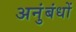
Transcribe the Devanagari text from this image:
अनुंबंधों